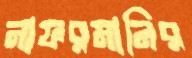
নাফরমানির